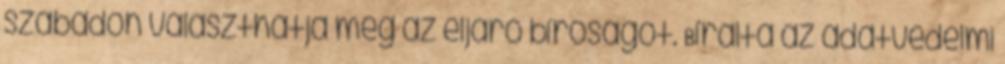
szabadon választhatja meg az eljáró bíróságot. Bírálta az adatvédelmi